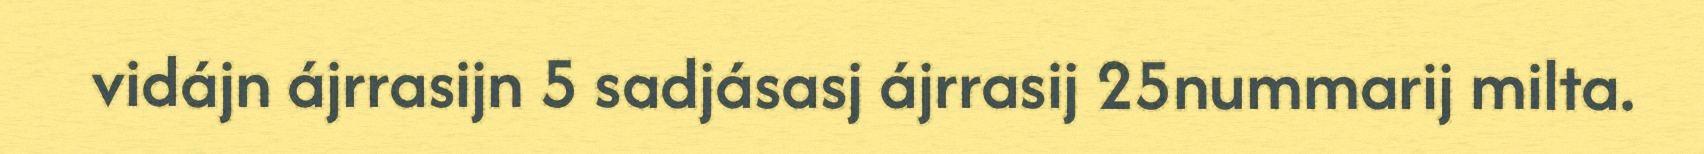
vidájn ájrrasijn 5 sadjásasj ájrrasij 25nummarij milta.